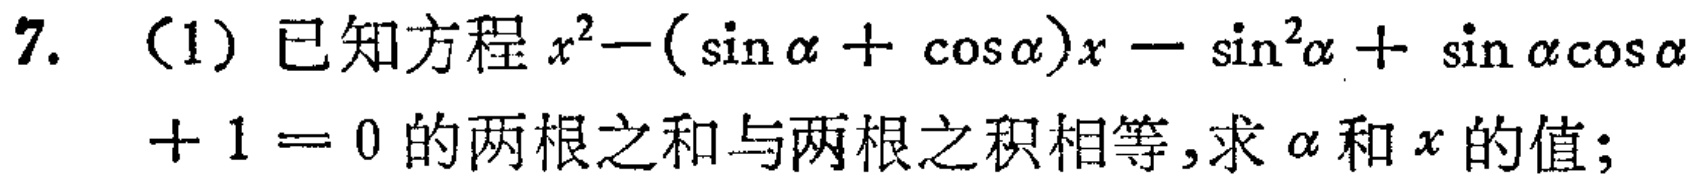
7. （1）已知方程\(x^{2}-(\sin\alpha+\cos\alpha)x - \sin^{2}\alpha+\sin\alpha\cos\alpha + 1 = 0\)的两根之和与两根之积相等，求\(\alpha\)和\(x\)的值；
7. （1）已知方程\(x^{2}-(\sin\alpha+\cos\alpha)x - \sin^{2}\alpha+\sin\alpha\cos\alpha + 1 = 0\)的两根之和与两根之积相等，求\(\alpha\)和\(x\)的值；